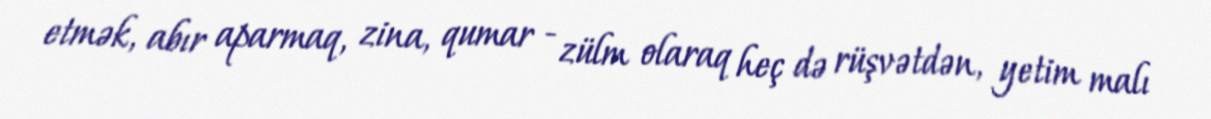
etmək, abır aparmaq, zina, qumar - zülm olaraq heç də rüşvətdən, yetim malı